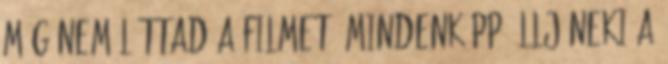
még nem láttad a filmet, mindenképp állj neki a